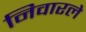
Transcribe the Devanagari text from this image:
निवारले